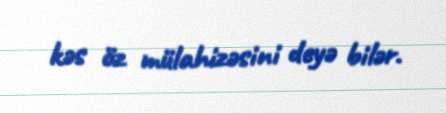
kəs öz mülahizəsini deyə bilər.